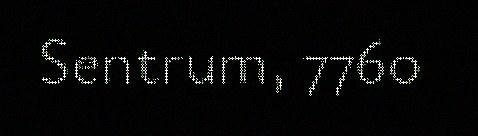
Sentrum, 7760